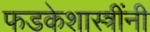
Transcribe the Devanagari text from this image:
फडकेशास्त्रींनी